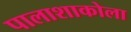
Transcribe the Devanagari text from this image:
पालाशाकोला